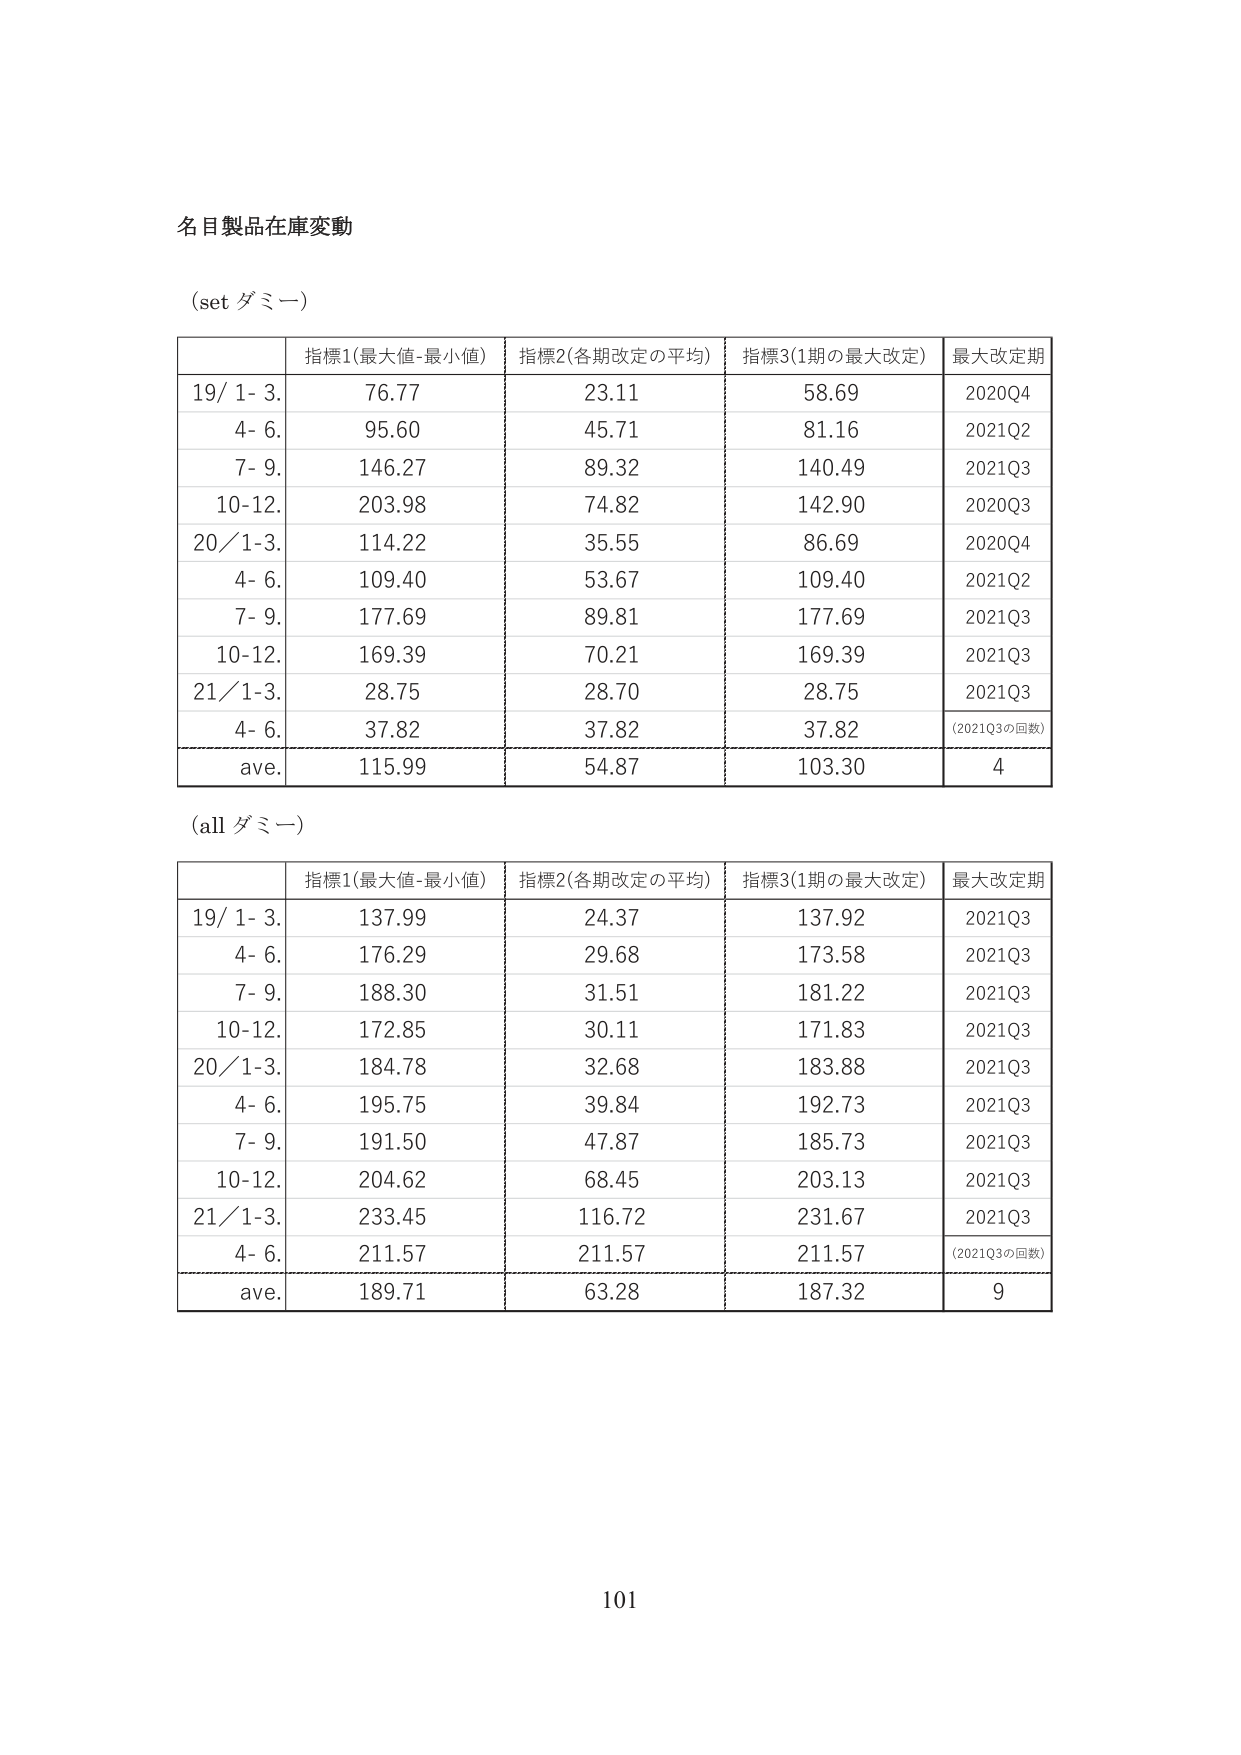
名目製品在庫変動

(set ダミー)

| | 指標1(最大値-最小値) | 指標2(各期改定の平均) | 指標3(1期の最大改定) | 最大改定期 |
|---|---|---|---|---|
| 19/ 1- 3. | 76.77 | 23.11 | 58.69 | 2020Q4 |
| 4- 6. | 95.60 | 45.71 | 81.16 | 2021Q2 |
| 7- 9. | 146.27 | 89.32 | 140.49 | 2021Q3 |
| 10-12. | 203.98 | 74.82 | 142.90 | 2020Q3 |
| 20/ 1-3. | 114.22 | 35.55 | 86.69 | 2020Q4 |
| 4- 6. | 109.40 | 53.67 | 109.40 | 2021Q2 |
| 7- 9. | 177.69 | 89.81 | 177.69 | 2021Q3 |
| 10-12. | 169.39 | 70.21 | 169.39 | 2021Q3 |
| 21/ 1-3. | 28.75 | 28.70 | 28.75 | 2021Q3 |
| 4- 6. | 37.82 | 37.82 | 37.82 | (2021Q3の回数) |
| ave. | 115.99 | 54.87 | 103.30 | 4 |

(all ダミー)

| | 指標1(最大値-最小値) | 指標2(各期改定の平均) | 指標3(1期の最大改定) | 最大改定期 |
|---|---|---|---|---|
| 19/ 1- 3. | 137.99 | 24.37 | 137.92 | 2021Q3 |
| 4- 6. | 176.29 | 29.68 | 173.58 | 2021Q3 |
| 7- 9. | 188.30 | 31.51 | 181.22 | 2021Q3 |
| 10-12. | 172.85 | 30.11 | 171.83 | 2021Q3 |
| 20/ 1-3. | 184.78 | 32.68 | 183.88 | 2021Q3 |
| 4- 6. | 195.75 | 39.84 | 192.73 | 2021Q3 |
| 7- 9. | 191.50 | 47.87 | 185.73 | 2021Q3 |
| 10-12. | 204.62 | 68.45 | 203.13 | 2021Q3 |
| 21/ 1-3. | 233.45 | 116.72 | 231.67 | 2021Q3 |
| 4- 6. | 211.57 | 211.57 | 211.57 | (2021Q3の回数) |
| ave. | 189.71 | 63.28 | 187.32 | 9 |

101